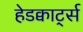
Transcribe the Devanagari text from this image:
हेडक्वार्ट्स